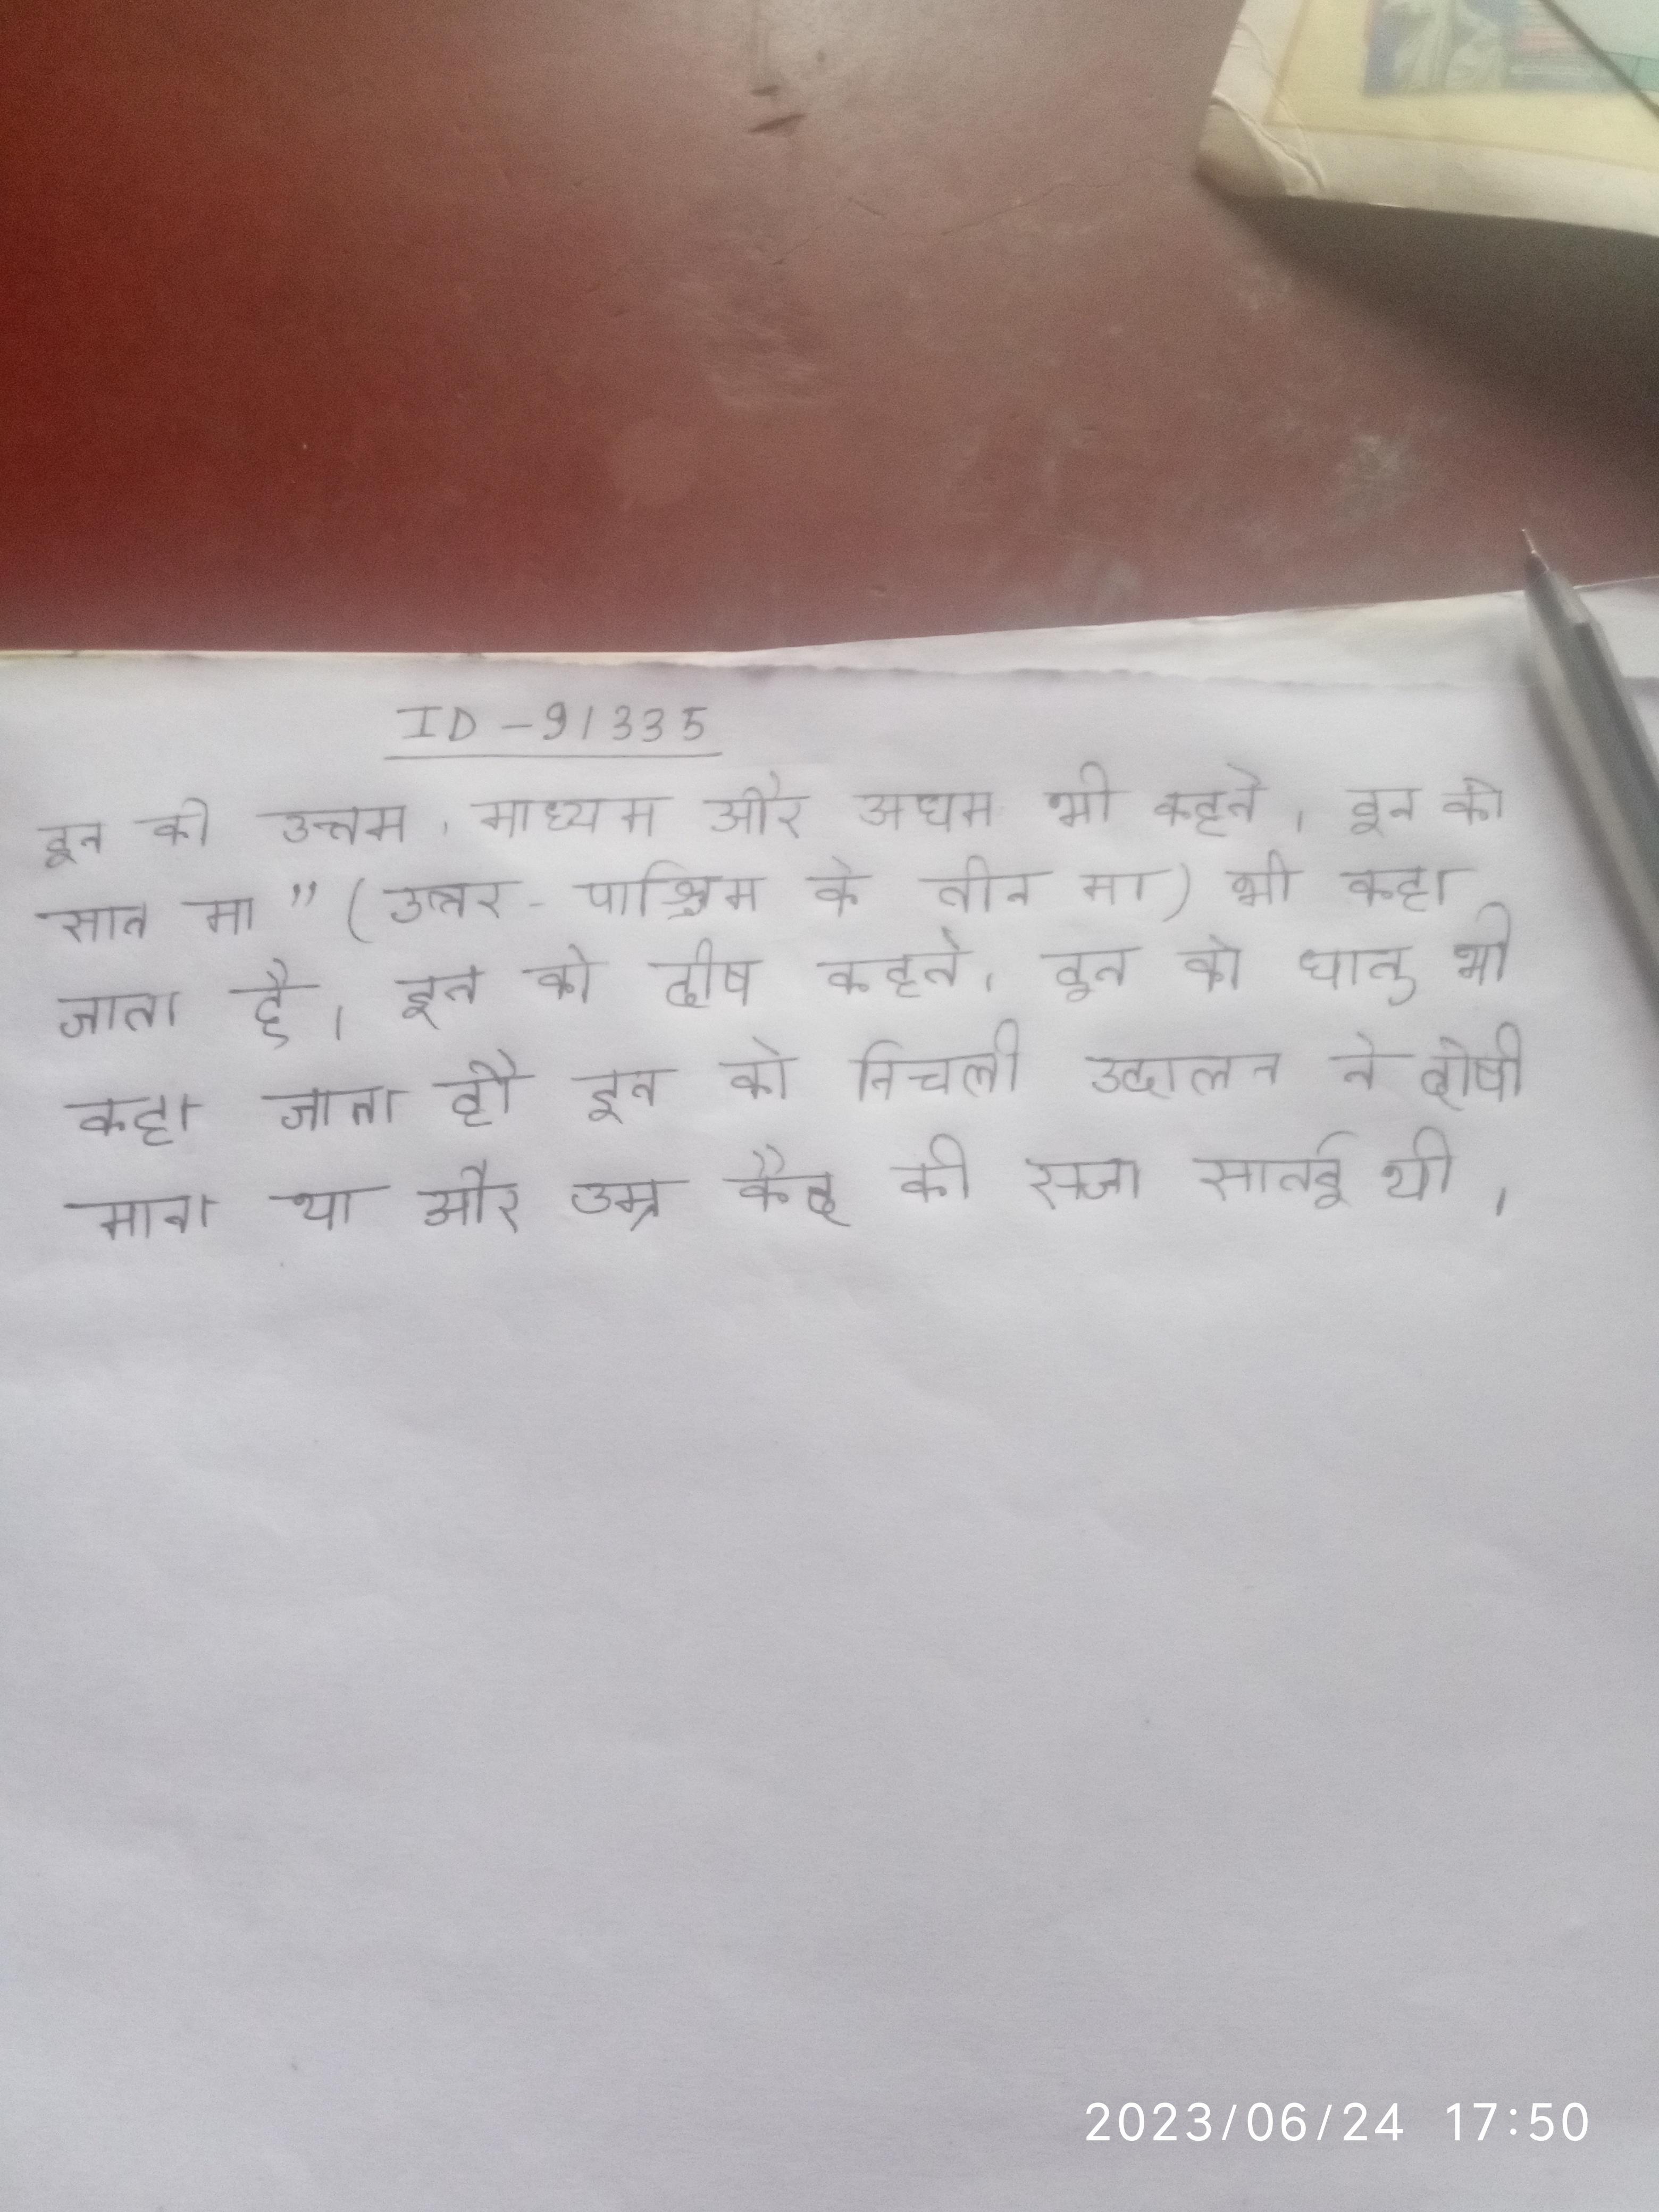
इन को उत्तम, मध्यम और अधम भी कहते । इन को सान मा" (उत्तर-पश्चिम के तीन मा) भी कहा जाता है । इन को दोष कहते । इन को धातु भी कहा जाता है । इन को निचली अदालत ने दोषी माना था और उम्र कैद की सजा सुनाई थी ।